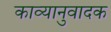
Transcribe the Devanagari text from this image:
काव्यानुवादक